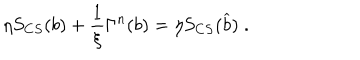
\eta S _ { C S } ( b ) + \frac 1 \xi \Gamma ^ { n } ( b ) = \eta S _ { C S } ( \widehat { b } ) \; .